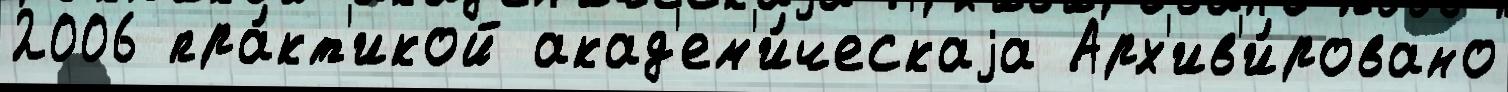
2006 пра́кт'икой акад'ем'и́ческаjа Арх'ив'и́ровано